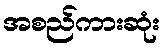
အစည်ကားဆုံး